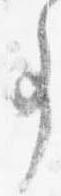
事